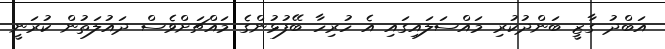
އަބްދު ގާޒީ ބަންދުކުރި މައްސަލައިގައި އެ ހުރިހާ ބޭފުޅުންގެ މައްޗަށްވެސް ދައުލަތުން ކުރަނީ